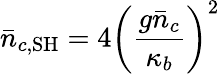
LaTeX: \bar{n}_{c,\mathrm{SH}}=4\left(\frac{g\bar{n}_{c}}{\kappa_{b}}\right)^{2}